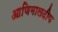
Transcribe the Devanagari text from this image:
आणिमालदीव